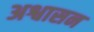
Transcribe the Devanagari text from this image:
अश्वासन